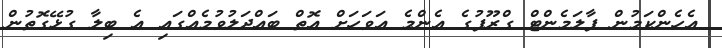
އެހެންކަމުން ޕާލަމެންޓް ގްރޫޕުގެ އެންމެ އަވަހަށް އޮތް ބައްދަލުވުމެއްގައި އެ ބިލާ ގުޅޭގޮތުން